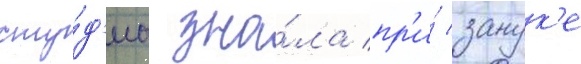
сту́д'иа зна́ла пр'и́ занук'е